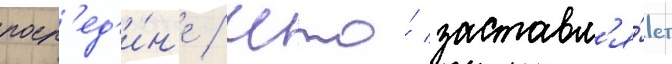
поср'ед'и́н'е / что́ заставл'я́ет